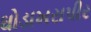
ઘોડાખરાપીર